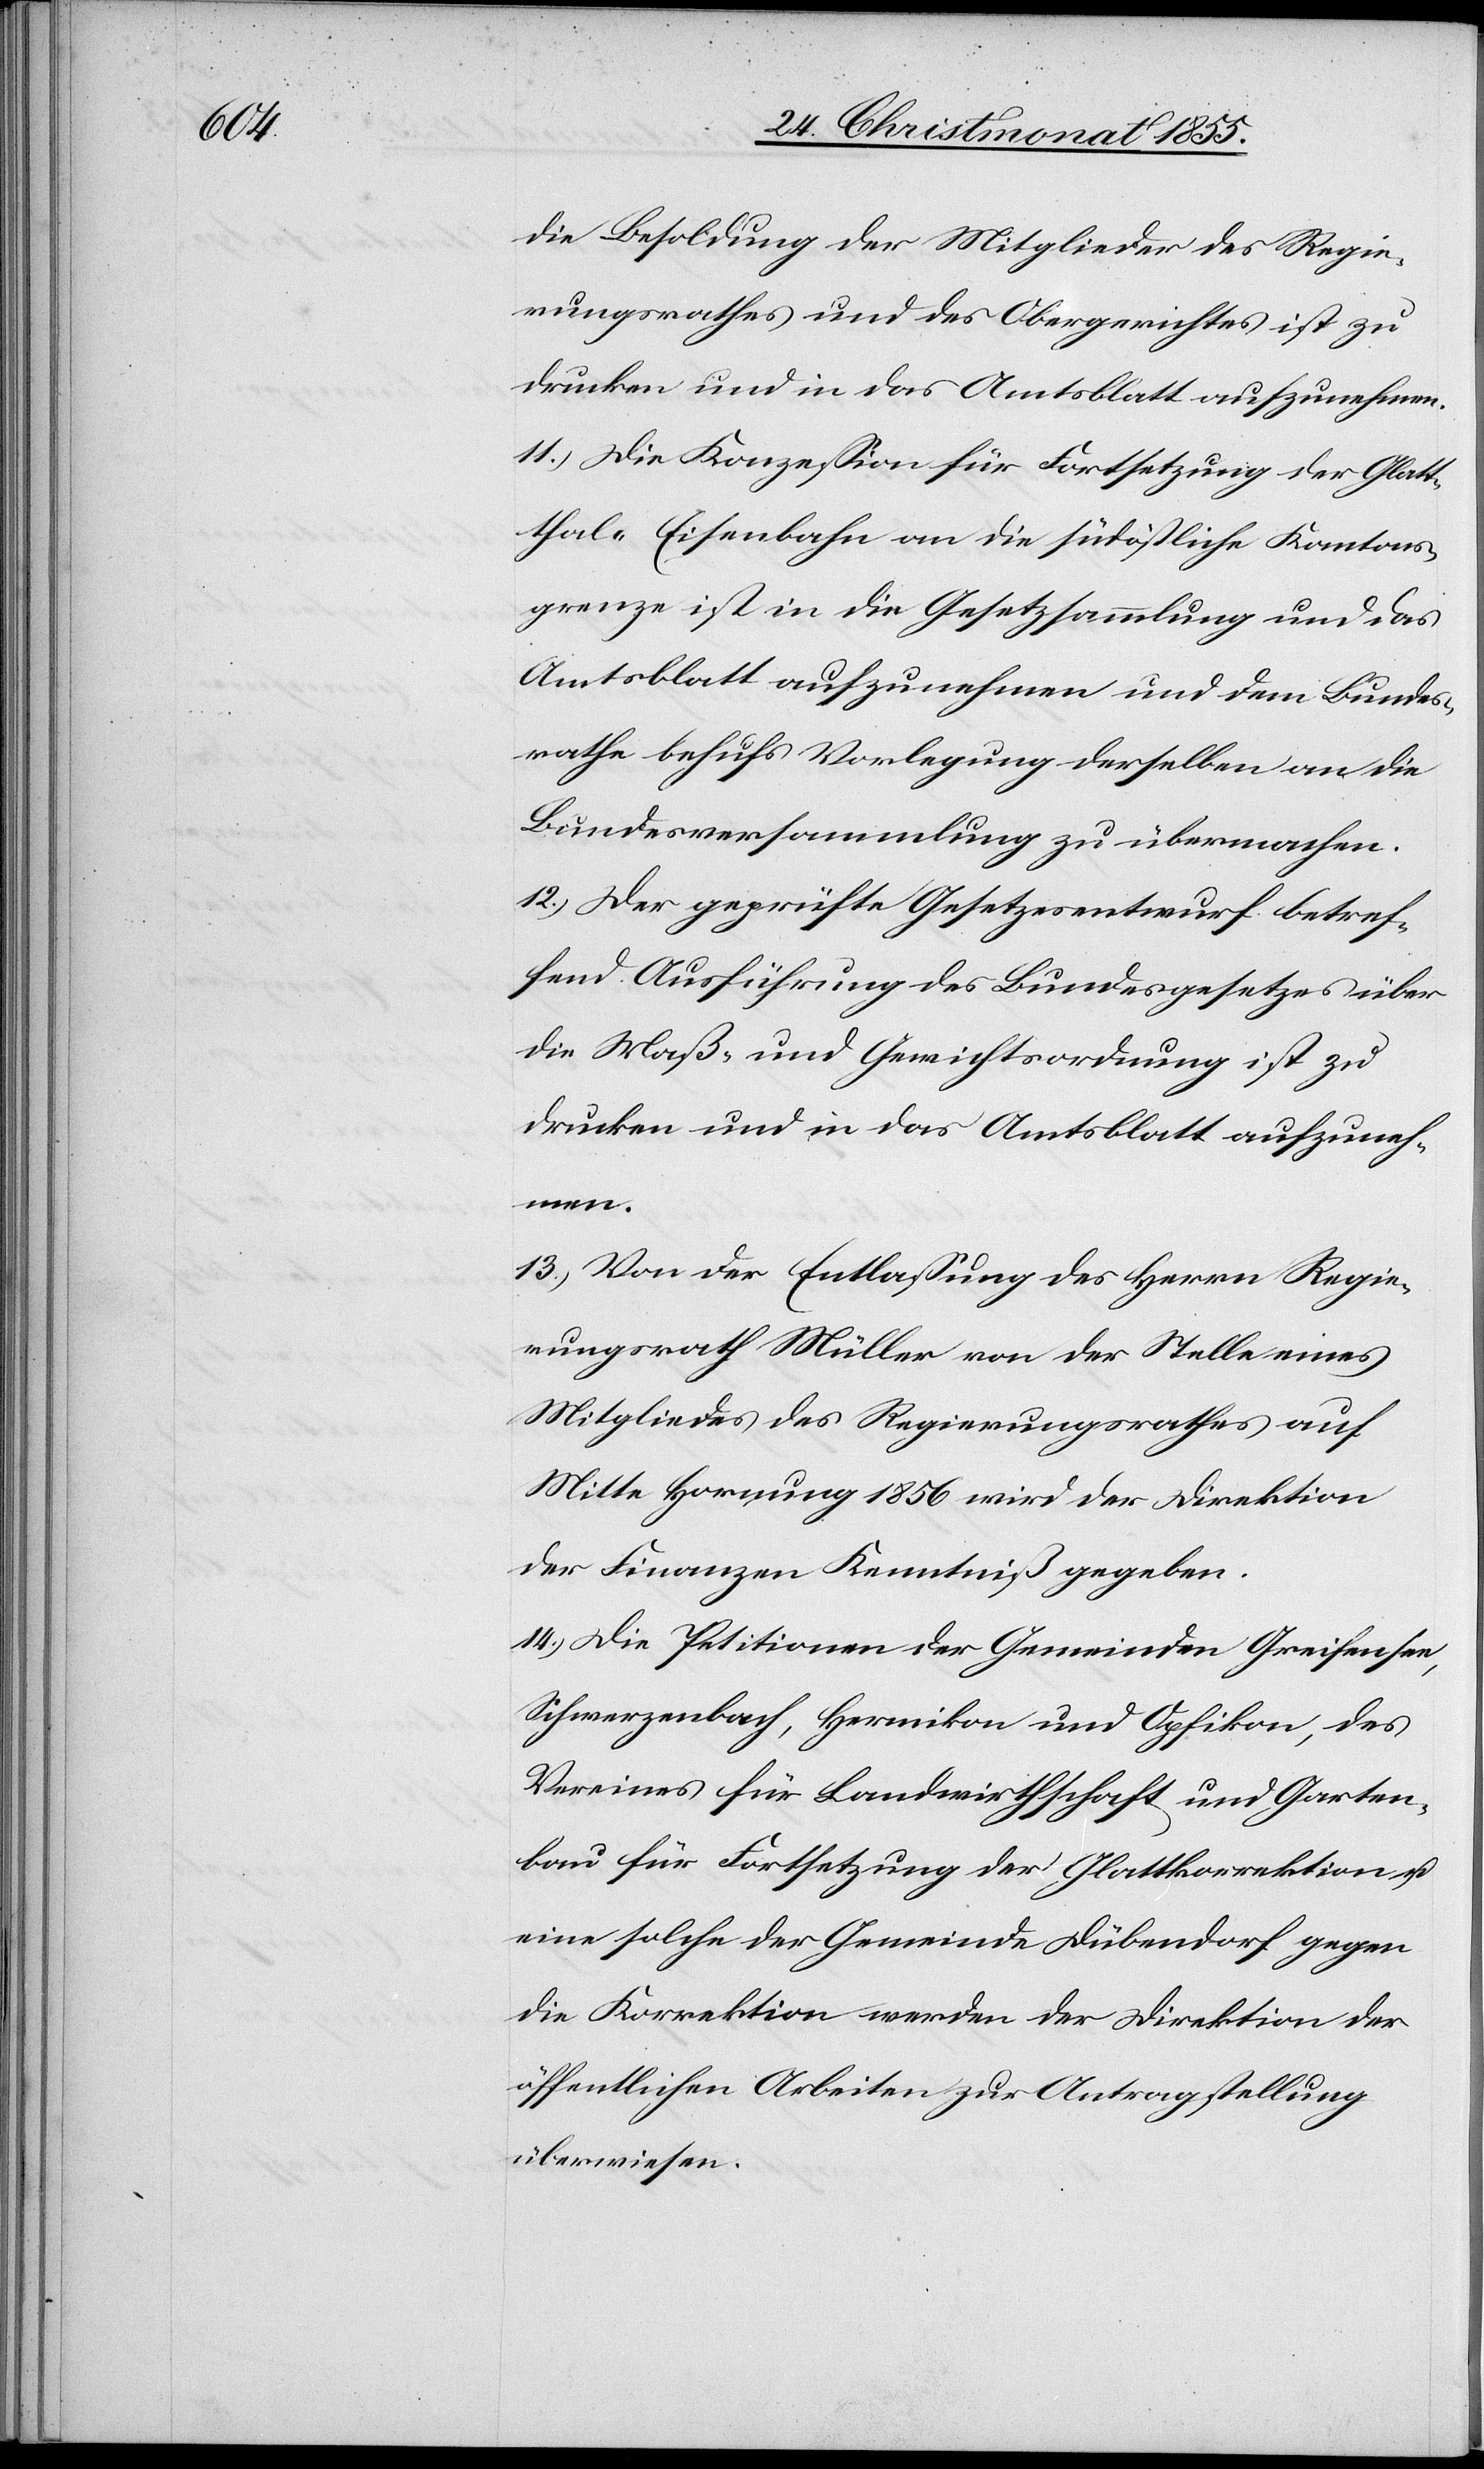
die Besoldung der Mitglieder des Regie¬
rungsrathes und des Obergerichtes ist zu
drucken und in das Amtsblatt aufzunehmen.
Die Konzession für Fortsetzung der Glatt¬
thal-Eisenbahn an die südöstliche Kantons¬
grenze ist in die Gesetzsammlung und das
Amtsblatt aufzunehmen und dem Bundes¬
rathe behufs Vorlegung derselben an die
Bundesversammlung zu übermachen.
Der geprüfte Gesetzesentwurf betref¬
fend Ausführung des Bundesgesetzes über
die Maß- und Gewichtsordnung ist zu
drucken und in das Amtsblatt aufzuneh¬
men.
Von der Entlassung des Herrn Regie¬
rungsrath Müller von der Stelle eines
Mitgliedes des Regierungsrathes auf
Mitte Hornung 1856 wird der Direktion
der Finanzen Kenntniß gegeben.
Die Petitionen der Gemeinden Greifensee,
Schwerzenbach, Hermikon und Opfikon, des
Vereines für Landwirthschaft und Garten¬
bau für Fortsetzung der Glattkorrektion u.
eine solche der Gemeinde Dübendorf gegen
die Korrektion werden der Direktion der
öffentlichen Arbeiten zur Antragstellung
überwiesen.